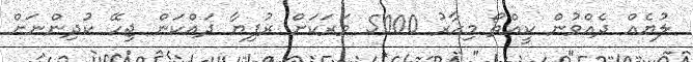
ލުޔެއް ދެއްވުން ކީއްތޯ މިހާރު 5000 ވަރަކަށް ރުފިޔާ ދައްކަން ޖިހޭ ކުދިންނަށް